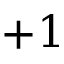
+ 1